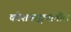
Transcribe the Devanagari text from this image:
कोशवाङ्मयातील